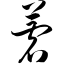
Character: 菪